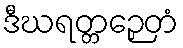
ဒီဃရတ္တဉှေတံ